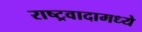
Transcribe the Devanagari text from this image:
राष्ट्रवादामध्ये